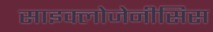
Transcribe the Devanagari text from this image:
साइक्लोजेनीसिस